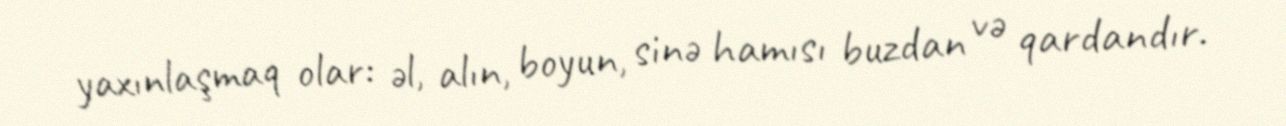
yaxınlaşmaq olar: əl, alın, boyun, sinə hamısı buzdan və qardandır.